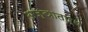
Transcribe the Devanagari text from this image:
अज्ञातार्थ